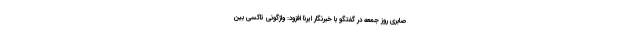
صابری روز جمعه در گفتگو با خبرنگار ایرنا افزود: واژگونی تاکسی بین